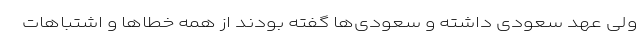
ولی عهد سعودی داشته و سعودی‌ها گفته بودند از همه خطاها و اشتباهات